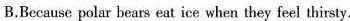
B.Because polar bears eat ice when theyfeel thirsty.